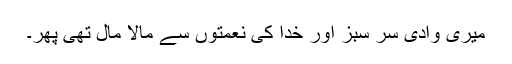
میری وادی سر سبز اور خدا کی نعمتوں سے مالا مال تھی پھر۔